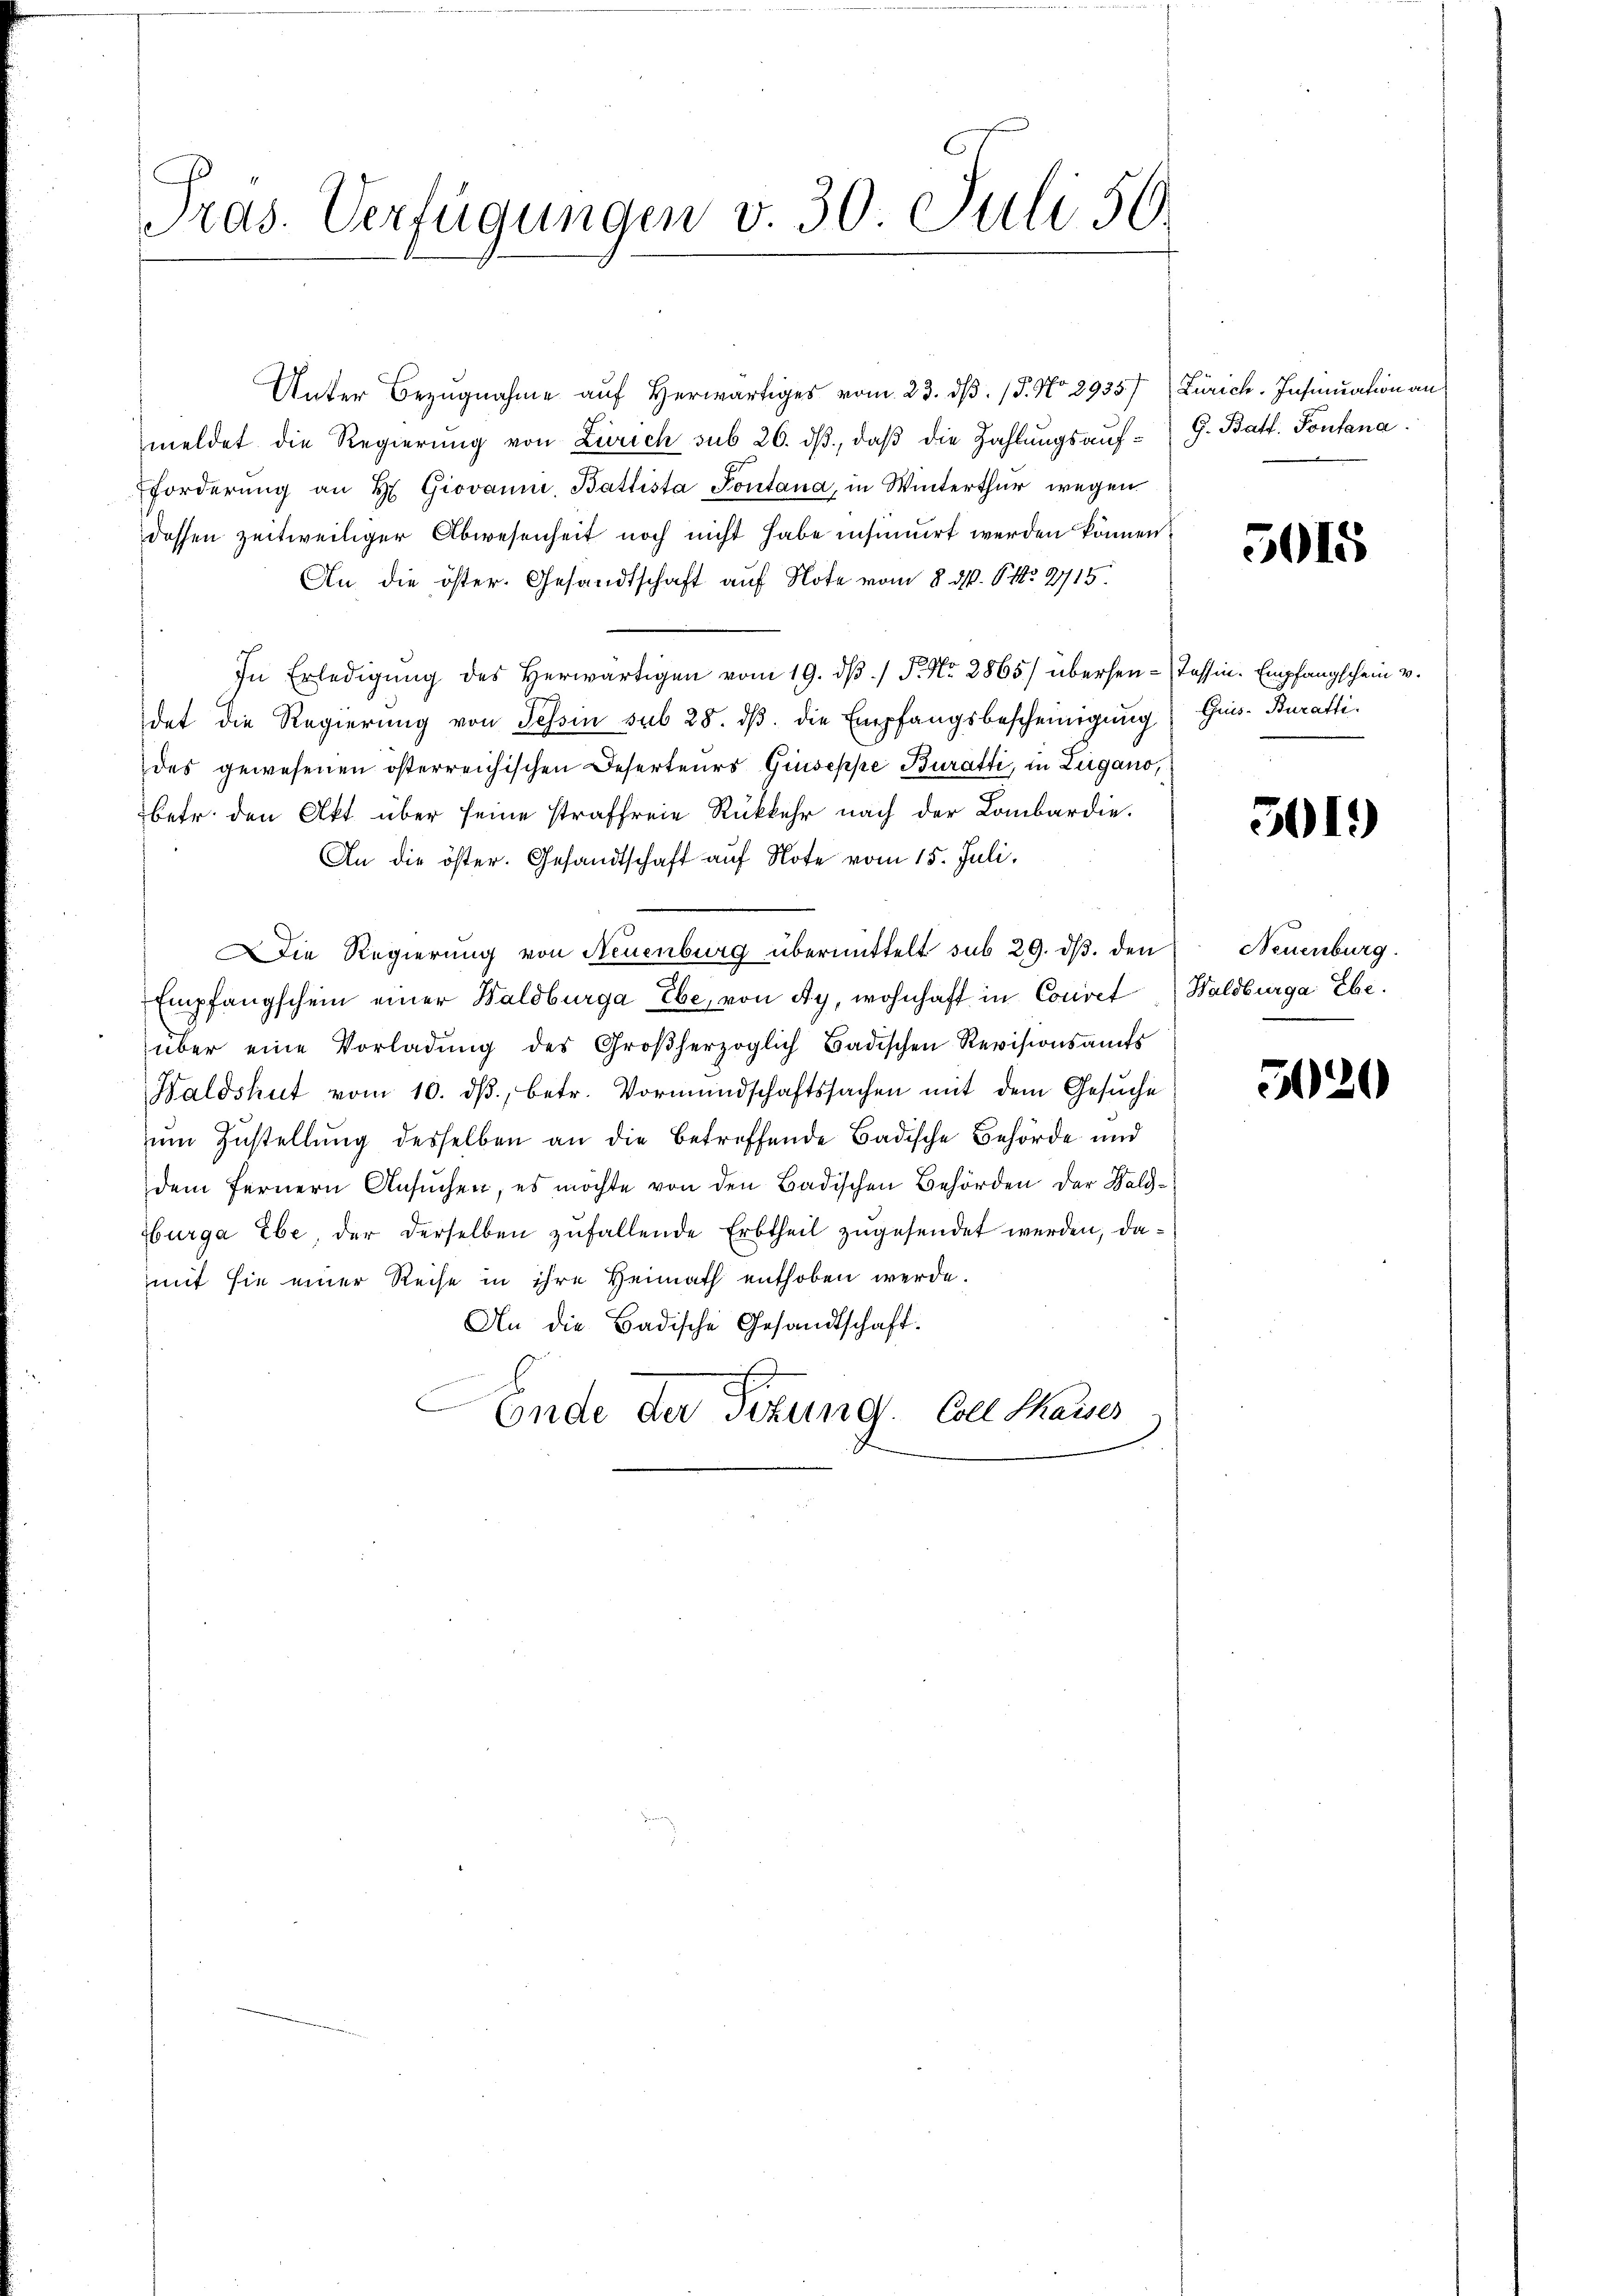
Pras. Verfügungen v. 30 Juli 56

Unter Bezugnahme auf herwärtiges vom 23. dβ. / 5. No 2935) Zürich. Insinuation an
meldet die Regierung von Zürich sub 26. dβ, daß die Zahlungsaufforderŭng an H. Giovanni, Battista Pontana, in Winterthur wegen
dessen zeitweiliger Abwesenheit noch nicht habe insinuirt werden können.
An die öster. Gesandtschaft auf Note vom 8. d. P. Nr. 2715.
In Erledigŭng des herwärtigen vom 19. dβ / P. Nr. 2865) übersen-Passin. Empfangschein v.
det die Regierung von Tessin sub 28. dβ. die Empfangsbescheinigung Gis-Buratti
des gewesenen österreichischen Deserteurs Giuseppe Buratti, in Zugano,
betr. den Akt über seine straffreie Rückkehr nach der Lombardie
An die öster. Gesandtschaft auf Note vom 15. Juli.
Die Regierung von Neuenburg übermittelt sub 29. dβ. den
Empfangschein einer Waldburga Ebe, von Ay, wohnhaft in Conret, Waldburga Ebe
über eine Vorladŭng des Großherzoglich Badischen Revisionsamts
Waldshut vom 10. dβ, betr. Vormundschaftssachen mit dem Gesŭche
zum Zustellung desselben an die betreffende Badische Behörde und
dem fernern Ansuchen, es möchte von den Badischen Behörden der Wald¬
Hurga Ebe, der derselben zufallende Erbtheil zŭgesendet werden, damit sie einer Reise in ihre Heimath enthoben werde.
An die Badische Gesandtschaft.
Ende der Titung. Coll Sauses

G. Batt. Pontana

5015

501.)

Neuenburg.

520